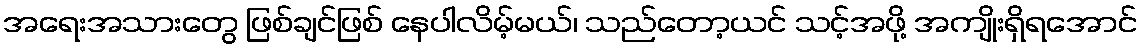
အရေးအသားတွေ ဖြစ်ချင်ဖြစ် နေပါလိမ့်မယ်၊ သည်တော့ယင် သင့်အဖို့ အကျိုးရှိရအောင်